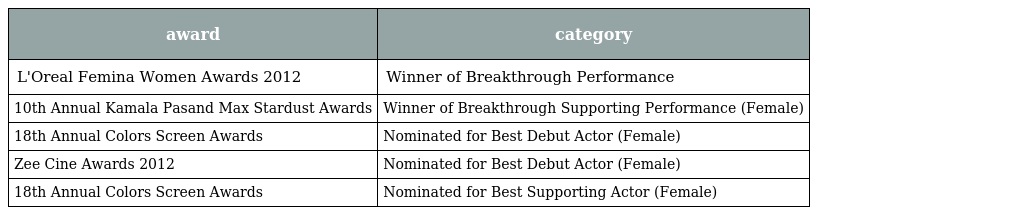
| award | category |
 | --- | --- |
 | L'Oreal Femina Women Awards 2012 | Winner of Breakthrough Performance |
 | 10th Annual Kamala Pasand Max Stardust Awards | Winner of Breakthrough Supporting Performance (Female) |
 | 18th Annual Colors Screen Awards | Nominated for Best Debut Actor (Female) |
 | Zee Cine Awards 2012 | Nominated for Best Debut Actor (Female) |
 | 18th Annual Colors Screen Awards | Nominated for Best Supporting Actor (Female) |